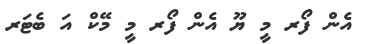
އެން ފޯރ މީ ޔޫ އެން ފޯރ މީ މޭކް އަ ބެޓަރ